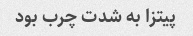
پیتزا به شدت چرب بود